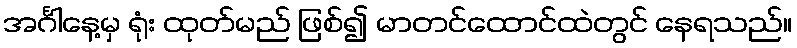
အင်္ဂါနေ့မှ ရုံး ထုတ်မည် ဖြစ်၍ မာတင်ထောင်ထဲတွင် နေရသည်။